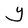
Character: Y